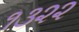
૧૩૨૨